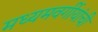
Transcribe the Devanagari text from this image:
मध्यमवर्गीयांची